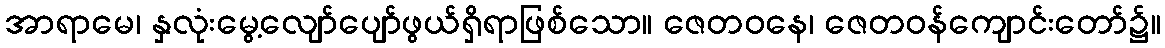
အာရာမေ၊ နှလုံးမွေ့လျော်ပျော်ဖွယ်ရှိရာဖြစ်သော။ ဇေတဝနေ၊ ဇေတဝန်ကျောင်းတော်၌။